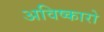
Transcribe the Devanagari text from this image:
अविष्कारो